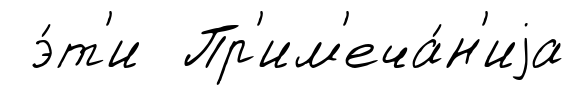
э́т'и Пр'им'еча́н'иjа